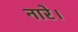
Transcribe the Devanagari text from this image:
नारे।